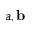
a , \mathbf b